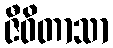
ဇီဝိတာသာ